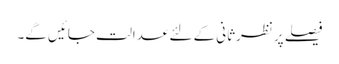
فیصلے پر نظرثانی کے لئے عدالت جائیں گے۔